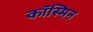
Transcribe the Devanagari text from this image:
कॉस्मिन